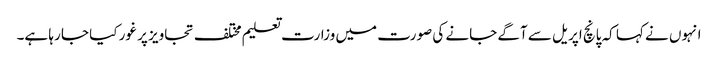
انہوں نے کہا کہ پانچ اپریل سے آگے جانے کی صورت میں وزارت تعلیم مختلف تجاویز پر غور کیا جا رہا ہے۔